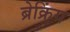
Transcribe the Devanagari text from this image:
ब्रेक्रिंग